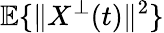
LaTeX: \mathbb{E}\{ \| X^{\bot}(t)\| ^{2}\}